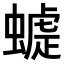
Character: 𧐪